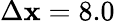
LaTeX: \Delta\mathbf{x}=8.0